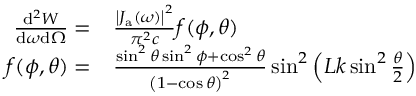
\begin{array} { r l } { \frac { \mathrm { d } ^ { 2 } W } { \mathrm { d } \omega \mathrm { d } \Omega } = } & { { } \frac { \left| J _ { \mathrm { a } } ( \omega ) \right| ^ { 2 } } { \pi ^ { 2 } c } f ( \phi , \theta ) } \\ { f ( \phi , \theta ) = } & { { } \frac { \sin ^ { 2 } \theta \sin ^ { 2 } \phi + \cos ^ { 2 } \theta } { \left( 1 - \cos \theta \right) ^ { 2 } } \sin ^ { 2 } \left( L k \sin ^ { 2 } \frac { \theta } { 2 } \right) } \end{array}